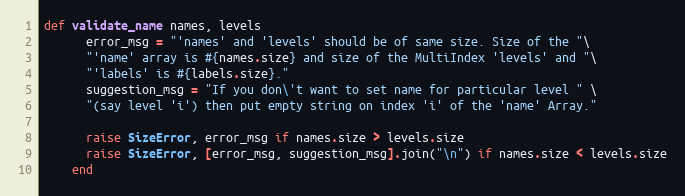
Language: Ruby
def validate_name names, levels
      error_msg = "'names' and 'levels' should be of same size. Size of the "\
      "'name' array is #{names.size} and size of the MultiIndex 'levels' and "\
      "'labels' is #{labels.size}."
      suggestion_msg = "If you don\'t want to set name for particular level " \
      "(say level 'i') then put empty string on index 'i' of the 'name' Array."

      raise SizeError, error_msg if names.size > levels.size
      raise SizeError, [error_msg, suggestion_msg].join("\n") if names.size < levels.size
    end